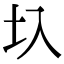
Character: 圦